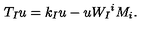
T _ { I } u = k _ { I } u - u W _ { I } { } ^ { i } M _ { i } .